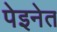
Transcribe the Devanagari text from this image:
पेइनेत